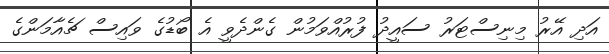
އަދި އޭރު މިނިސްޓަރު ސައީދު ފުރުއްވަމުން ގެންދެވީ އެ ބޯޑުގެ ވައިސް ޗެއާމަންގެ